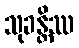
သုခန္တိဿ